Annual report on the health of the army in India
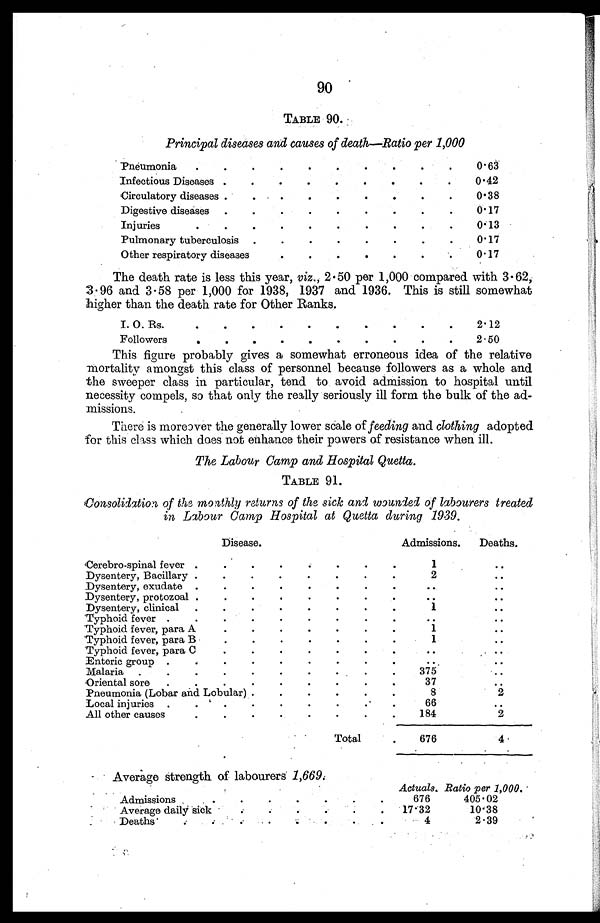
90
TABLE 90.
Principal diseases and causes of death—Ratio per 1,000
.
.
.
.
.
Pneumonia . . .
0.63
.
.
.
Infectious Diseases . . .
0.42
Circulatory diseases . . .
0.38
Digestive diseases . . .
0.17
Injuries . . .
0.13
0.17
Other respiratory diseases . . .
0.17
The death rate is less this year, viz ., 2.50 per 1,000 compared with 3.62,
3.96 and 3.58 per 1,000 for 1938, 1937 and 1936. This is still somewhat
higher than the death rate for Other Ranks.
.
.
.
I.
O.
Rs.
.
.
.
2.12
Followers . . .
2.50
This figure probably gives a somewhat erroneous idea of the relative
mortality amongst this class of personnel because followers as a whole and
the sweeper class in particular, tend to avoid admission to hospital until
necessity compels, so that only the really seriously ill form the bulk of the ad
-
missions.
There is moreover the generally lower scale of feeding and clothing adopted
for this class which does not enhance their powers of resistance when ill.
The Labour Camp and Hospital Quetta.
TABLE 91.
Consolidation of the monthly returns of the sick and wounded of labourers treated
in Labour Camp Hospital at Quetta during 1939.
Disease.
Admissions.
Deaths.
Cerebro-spinal fever . . .
1
. . .
2
. . .
Dysentery, Bacillary . . .
Dysentery, exudate . . .
. . .
. . .
Dysentery, protozoal . . .
. . .
. . .
Dysentery, clinical . . .
1
. . .
Typhoid fever . . .
. . .
. . .
1
. . .
Typhoid fever, para A . . .
1
. . .
Typhoid fever, para B . . .
Typhoid fever, para C . . .
. . .
. . .
Enteric group . . .
. . .
. . .
375
Malaria . . .
. . .
Oriental sore . . .
37
. . .
Pneumonia (Lobar and Lobular) . . .
8
66
. . .
Local injuries . . .
184
All other causes . . .
2
Total . . .
676
4
Average strength of labourers
Actuals Ratio per 1,000.
Admissions . . .
676
405.02
17.32
10.38
Average daily sick . . .
Deaths . . .
4
2.39